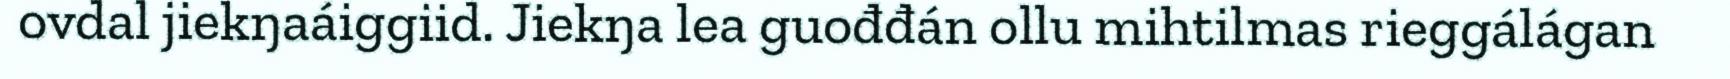
ovdal jiekŋaáiggiid. Jiekŋa lea guođđán ollu mihtilmas rieggálágan